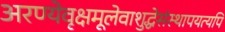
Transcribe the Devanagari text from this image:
अरण्येवृक्षमूलेवाशुद्धेसंस्थापयत्यपि